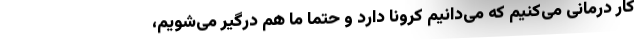
کار درمانی می‌کنیم که می‌دانیم کرونا دارد و حتما ما هم درگیر می‌شویم،